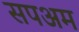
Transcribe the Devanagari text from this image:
सपअम